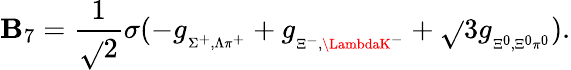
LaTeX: \mathbf{B}_{7}=\frac{{1}}{{\sqrt{}{{2}}}}\sigma(-g_{{}_{\Sigma^{+},\Lambda\pi^{+}}}+g_{{}_{\Xi^{-},\LambdaK^{-}}}+\sqrt{}{3}g_{{}_{\Xi^{0},\Xi^{0}\pi^{0}}}).